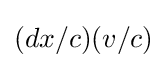
(dx/c)(v/c)